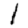
Digit: 1